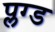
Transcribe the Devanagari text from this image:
प्लग्ड